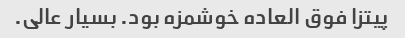
پیتزا فوق العاده خوشمزه بود. بسیار عالی.